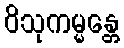
ဝိသုကမ္မန္တေ